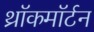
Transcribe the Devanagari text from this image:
थ्रॉकमॉर्टन